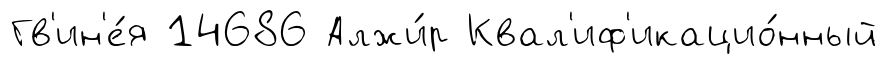
Гв'ин'е́я 14686 Алжи́р Квал'иф'икацио́нный